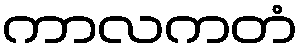
ကာလကတံ